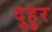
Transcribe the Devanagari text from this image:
दुहुर